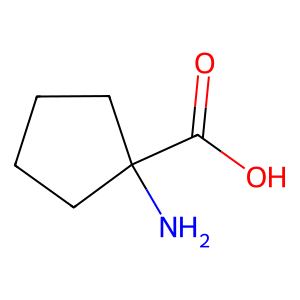
SMILES: NC1(C(=O)O)CCCC1
Inhibits HIV replication: No